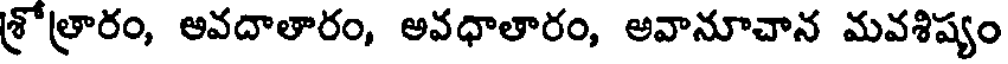
శ్రోత్రారం, ఆవదాతారం, అవధాతారం, అవానూచాన మవశిష్యం